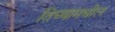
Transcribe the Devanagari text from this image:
तिच्यामधील